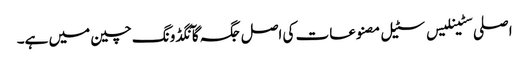
اصلی سٹینلیس سٹیل مصنوعات کی اصل جگہ گآنگڈونگ چین میں ہے۔